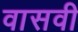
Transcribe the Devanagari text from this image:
वासवी